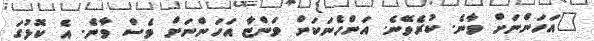
"އަހަންނަށް ވާނެ. ކުރެވޭނެ. އަންހެނަކަށް ވަންޏާ އަހަންނަށް ވެސް ވާނެ. އެ ކޮޅުގަ